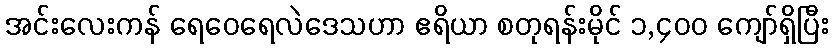
အင်းလေးကန် ရေဝေရေလဲဒေသဟာ ဧရိယာ စတုရန်းမိုင် ၁,၄၀၀ ကျော်ရှိပြီး